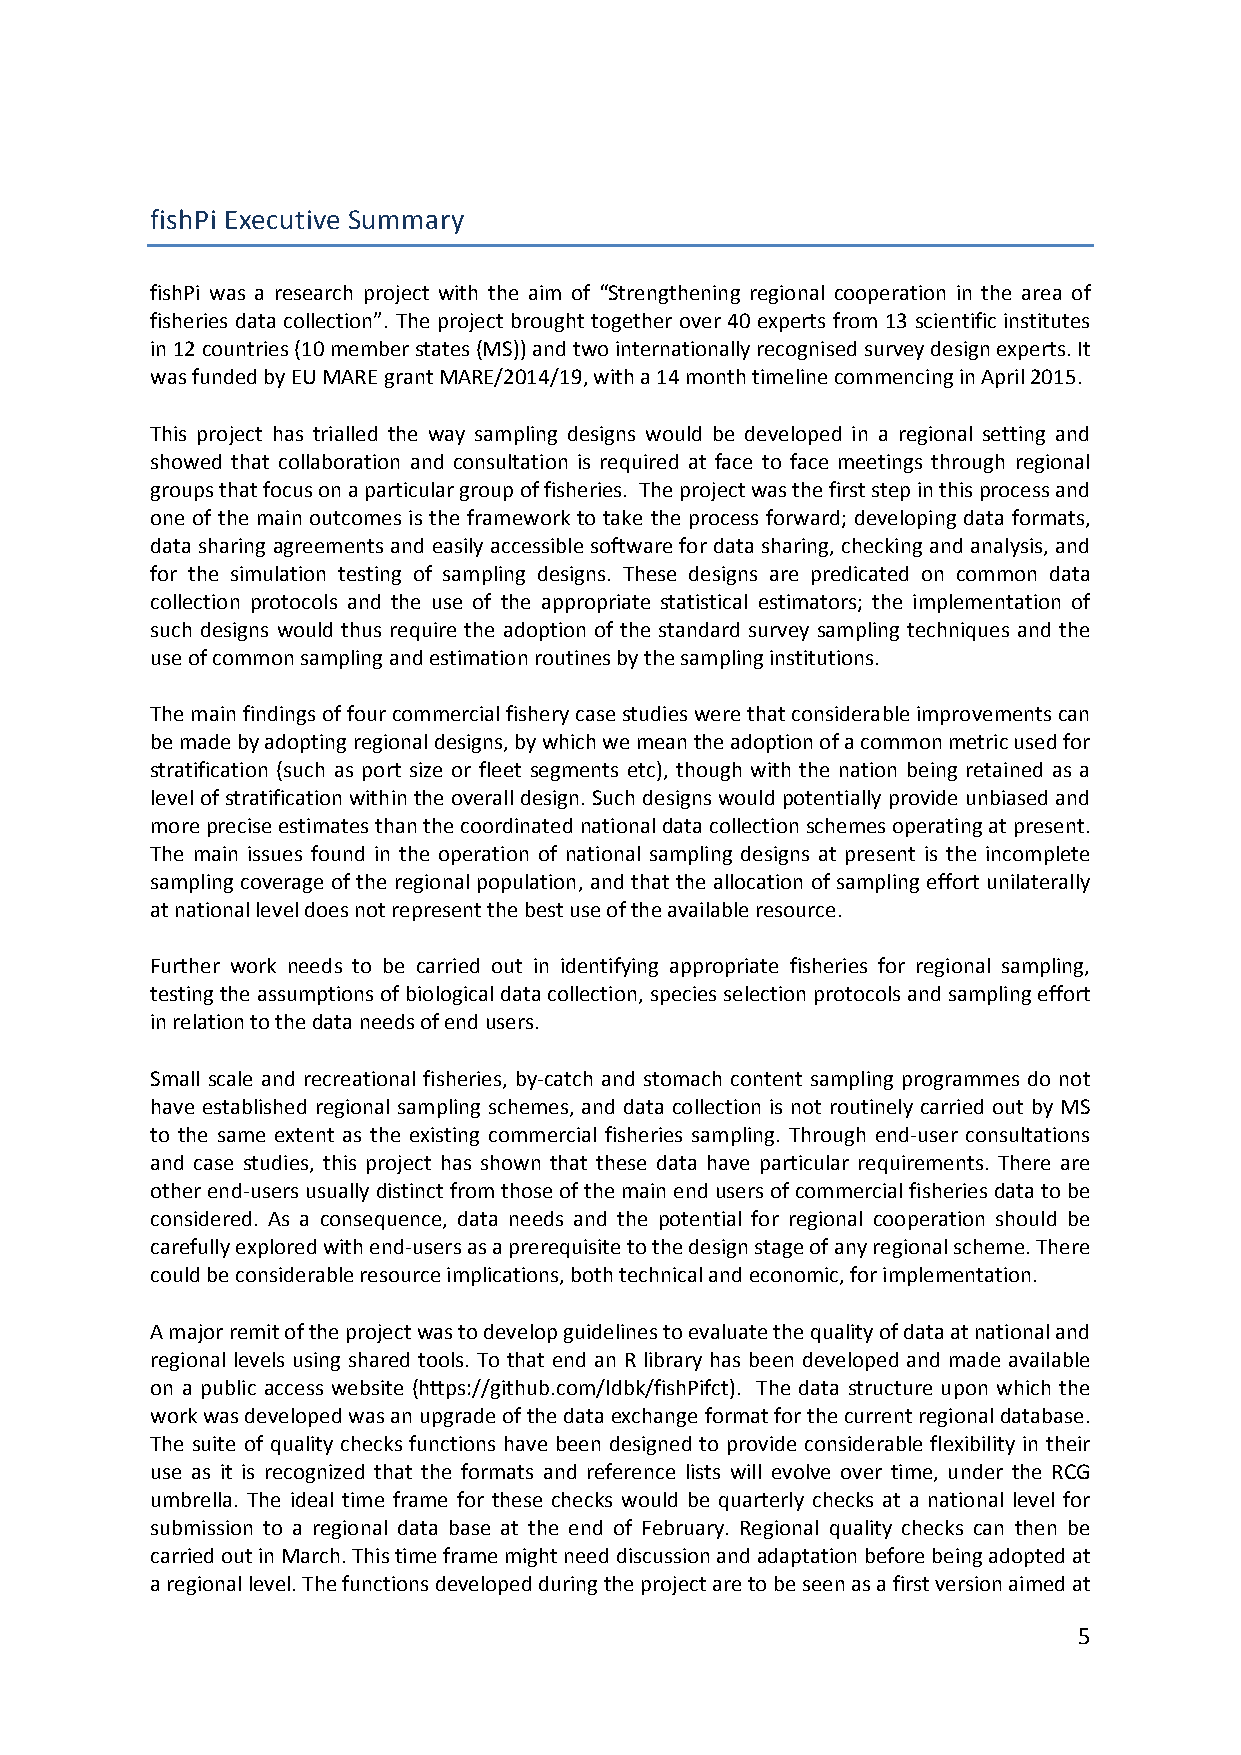
fishPi Executive Summary
 fishPi was a research project with the aim of “Strengthening regional cooperation in the area of
 fisheries data collection”. The project brought together over 40 experts from 13 scientific institutes
 in 12 countries (10 member states (MS)) and two internationally recognised survey design experts. It
 was funded by EU MARE grant MARE/2014/19, with a 14 month timeline commencing in April 2015.
 This project has trialled the way sampling designs would be developed in a regional setting and
 showed that collaboration and consultation is required at face to face meetings through regional
 groups that focus on a particular group of fisheries. The project was the first step in this process and
 one of the main outcomes is the framework to take the process forward; developing data formats,
 data sharing agreements and easily accessible software for data sharing, checking and analysis, and
 for the simulation testing of sampling designs. These designs are predicated on common data
 collection protocols and the use of the appropriate statistical estimators; the implementation of
 such designs would thus require the adoption of the standard survey sampling techniques and the
 use of common sampling and estimation routines by the sampling institutions.
 The main findings of four commercial fishery case studies were that considerable improvements can
 be made by adopting regional designs, by which we mean the adoption of a common metric used for
 stratification (such as port size or fleet segments etc), though with the nation being retained as a
 level of stratification within the overall design. Such designs would potentially provide unbiased and
 more precise estimates than the coordinated national data collection schemes operating at present.
 The main issues found in the operation of national sampling designs at present is the incomplete
 sampling coverage of the regional population, and that the allocation of sampling effort unilaterally
 at national level does not represent the best use of the available resource.
 Further work needs to be carried out in identifying appropriate fisheries for regional sampling,
 testing the assumptions of biological data collection, species selection protocols and sampling effort
 in relation to the data needs of end users.
 Small scale and recreational fisheries, by‐catch and stomach content sampling programmes do not
 have established regional sampling schemes, and data collection is not routinely carried out by MS
 to the same extent as the existing commercial fisheries sampling. Through end‐user consultations
 and case studies, this project has shown that these data have particular requirements. There are
 other end‐users usually distinct from those of the main end users of commercial fisheries data to be
 considered. As a consequence, data needs and the potential for regional cooperation should be
 carefully explored with end‐users as a prerequisite to the design stage of any regional scheme. There
 could be considerable resource implications, both technical and economic, for implementation.
 A major remit of the project was to develop guidelines to evaluate the quality of data at national and
 regional levels using shared tools. To that end an R library has been developed and made available
 on a public access website (https://github.com/ldbk/fishPifct). The data structure upon which the
 work was developed was an upgrade of the data exchange format for the current regional database.
 The suite of quality checks functions have been designed to provide considerable flexibility in their
 use as it is recognized that the formats and reference lists will evolve over time, under the RCG
 umbrella. The ideal time frame for these checks would be quarterly checks at a national level for
 submission to a regional data base at the end of February. Regional quality checks can then be
 carried out in March. This time frame might need discussion and adaptation before being adopted at
 a regional level. The functions developed during the project are to be seen as a first version aimed at
 5